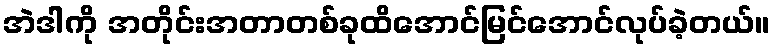
အဲဒါကို အတိုင်းအတာတစ်ခုထိအောင်မြင်အောင်လုပ်ခဲ့တယ်။